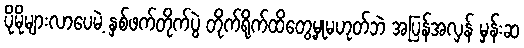
ပိုမိုများလာပေမဲ့ နှစ်ဖက်တိုက်ပွဲ တိုက်ရိုက်ထိတွေ့မှုမဟုတ်ဘဲ အပြန်အလှန် မှန်းဆ